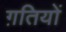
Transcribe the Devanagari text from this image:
ग़तियों